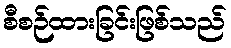
စီစဉ်ထားခြင်းဖြစ်သည်